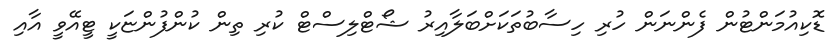
ޑޮކިއުމަންޓުން ފެންނަން ހުރި ހިސާބުތަކަށްބަލާއިރު ޝޯޓްލިސްޓް ކުރި ތިން ކުންފުންޏަކީ ޓީއޭވީ އާއި